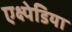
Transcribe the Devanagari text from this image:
एक्ष्पेडिया